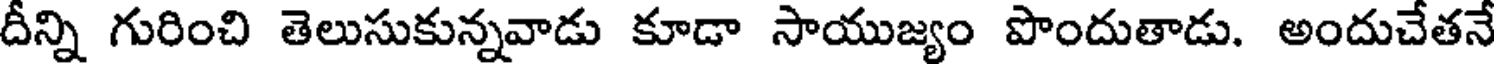
దీన్ని గురించి తెలుసుకున్నవాడు కూడా సాయుజ్యం పొందుతాడు. అందుచేతనే